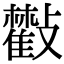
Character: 𣀧